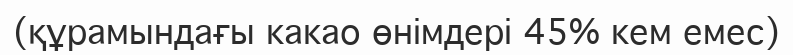
(құрамындағы какао өнімдері 45% кем емес)